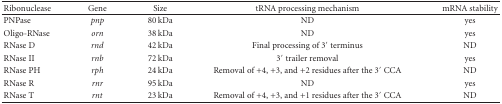
<table><thead><tr><td><b>Ribonuclease</b></td><td><b>Gene</b></td><td><b>Size</b></td><td><b>tRNA processing mechanism</b></td><td><b>mRNA stability</b></td></tr></thead><tbody><tr><td>PNPase</td><td><i>pnp</i></td><td>80 kDa</td><td>ND</td><td>yes</td></tr><tr><td>Oligo-RNase</td><td><i>orn</i></td><td>38 kDa</td><td>ND</td><td>yes</td></tr><tr><td>RNase D</td><td><i>rnd</i></td><td>42 kDa</td><td>Final processing of 3′ terminus</td><td>ND</td></tr><tr><td>RNase II</td><td><i>rnb</i></td><td>72 kDa</td><td>3′ trailer removal</td><td>yes</td></tr><tr><td>RNase PH</td><td><i>rph</i></td><td>24 kDa</td><td>Removal of +4, +3, and +2 residues after the 3′ CCA</td><td>ND</td></tr><tr><td>RNase R</td><td><i>rnr</i></td><td>95 kDa</td><td>ND</td><td>yes</td></tr><tr><td>RNase T</td><td><i>rnt</i></td><td>23 kDa</td><td>Removal of +4, +3, and +1 residues after the 3′ CCA</td><td>ND</td></tr></tbody></table>